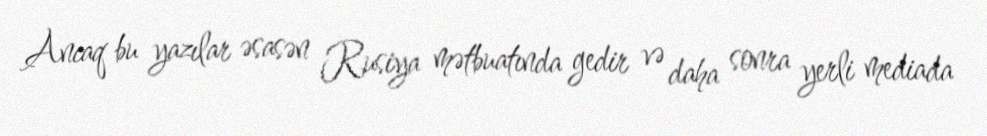
Ancaq bu yazılar əsasən Rusiya mətbuatında gedir və daha sonra yerli mediada